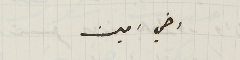
اخي امين